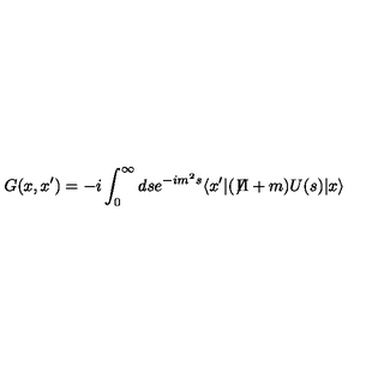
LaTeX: G ( x , x ^ { \prime } ) = - i \int _ { 0 } ^ { \infty } d s e ^ { - i m ^ { 2 } s } \langle x ^ { \prime } \vert ( \not { \! \Pi } + m ) U ( s ) \vert x \rangle